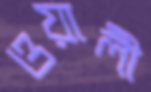
ওয়ালী